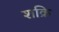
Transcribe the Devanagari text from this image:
शक्रि